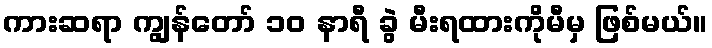
ကားဆရာ ကျွန်တော် ၁၀ နာရီ ခွဲ မီးရထားကိုမီမှ ဖြစ်မယ်။